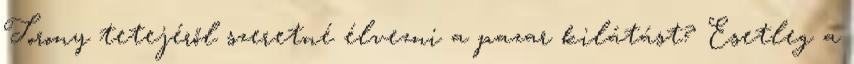
Torony tetejéről szeretné élvezni a pazar kilátást? Esetleg a